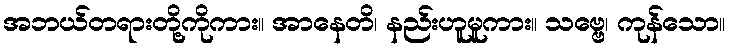
အဘယ်တရားတို့ကိုကား။ အာနေတိ၊ နည်းဟူမူကား။ သဗ္ဗေ၊ ကုန်သော။